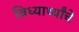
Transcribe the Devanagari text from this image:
विध्यार्थ्यांचे